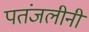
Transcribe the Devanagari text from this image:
पतंजलीनी